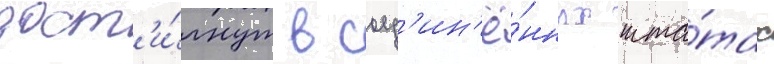
дост'и́гнут в соед'ин'ё́нных шта́тах